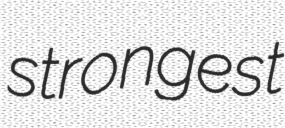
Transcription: strongest